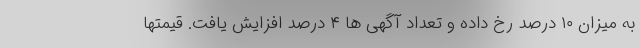
به میزان ۱۰ درصد رخ داده و تعداد آگهی ها ۴ درصد افزایش یافت. قیمتها